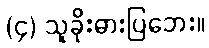
(၄) သူခိုးဓားပြဘေး။